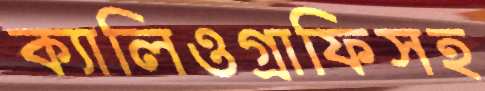
ক্যালিওগ্রাফিসহ